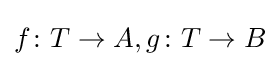
f\colon T\to A,g\colon T\to B